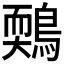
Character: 𪃉